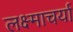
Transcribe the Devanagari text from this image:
लक्ष्माचर्या